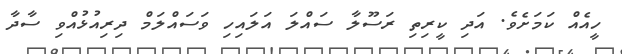
ހީއެއް ކަމަށެވެ. އަދި ކީރިތި ރަސޫލާ ސައްލަ އަލައިހި ވަސައްލަމް ދިރިއުޅުއްވި ސާދާ